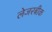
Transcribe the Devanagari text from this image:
लेजरबीक